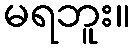
မရဘူး။